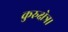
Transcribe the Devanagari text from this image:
कुरुक्षेत्र।